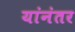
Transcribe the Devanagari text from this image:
यांनंतर